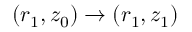
( r _ { 1 } , z _ { 0 } ) \rightarrow ( r _ { 1 } , z _ { 1 } )